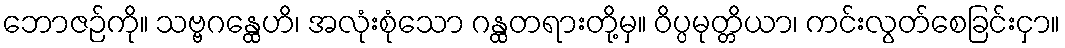
ဘောဇဉ်ကို။ သဗ္ဗဂန္ထေဟိ၊ အလုံးစုံသော ဂန္ထတရားတို့မှ။ ဝိပ္ပမုတ္တိယာ၊ ကင်းလွတ်စေခြင်းငှာ။